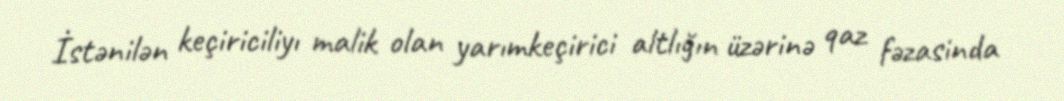
İstənilən keçiriciliyı malik olan yarımkeçirici altlığın üzərinə qaz fəzasinda